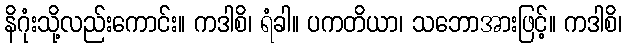
နိဂုံးသို့လည်းကောင်း။ ကဒါစိ၊ ရံခါ။ ပကတိယာ၊ သဘောအားဖြင့်။ ကဒါစိ၊